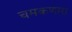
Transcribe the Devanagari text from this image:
चमकणारा